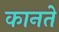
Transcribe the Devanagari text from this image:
कानते